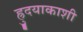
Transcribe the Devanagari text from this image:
ह्रुदयाकाशी